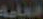
العامة